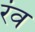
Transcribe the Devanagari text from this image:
रंव